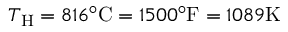
T _ { \mathrm { { H } } } = 8 1 6 ^ { \circ } { \mathrm { C } } = 1 5 0 0 ^ { \circ } { \mathrm { F } } = 1 0 8 9 { \mathrm { K } }